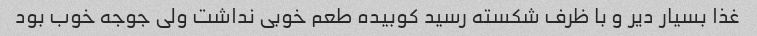
غذا بسیار دیر و با ظرف شکسته رسید کوبیده طعم خوبی نداشت ولی جوجه خوب بود